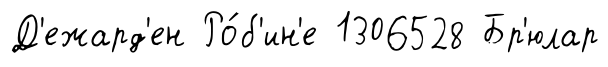
Д'ежард'ен Ро́б'ин'е 1306528 Бр'юлар